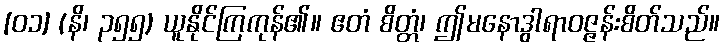
[၀၁] (နိ၊ ၃၅၅) ယူနိုင်ကြကုန်၏။ ဧတံ စိတ္တံ၊ ဤမနောဒွါရာဝဇ္ဇန်းစိတ်သည်။